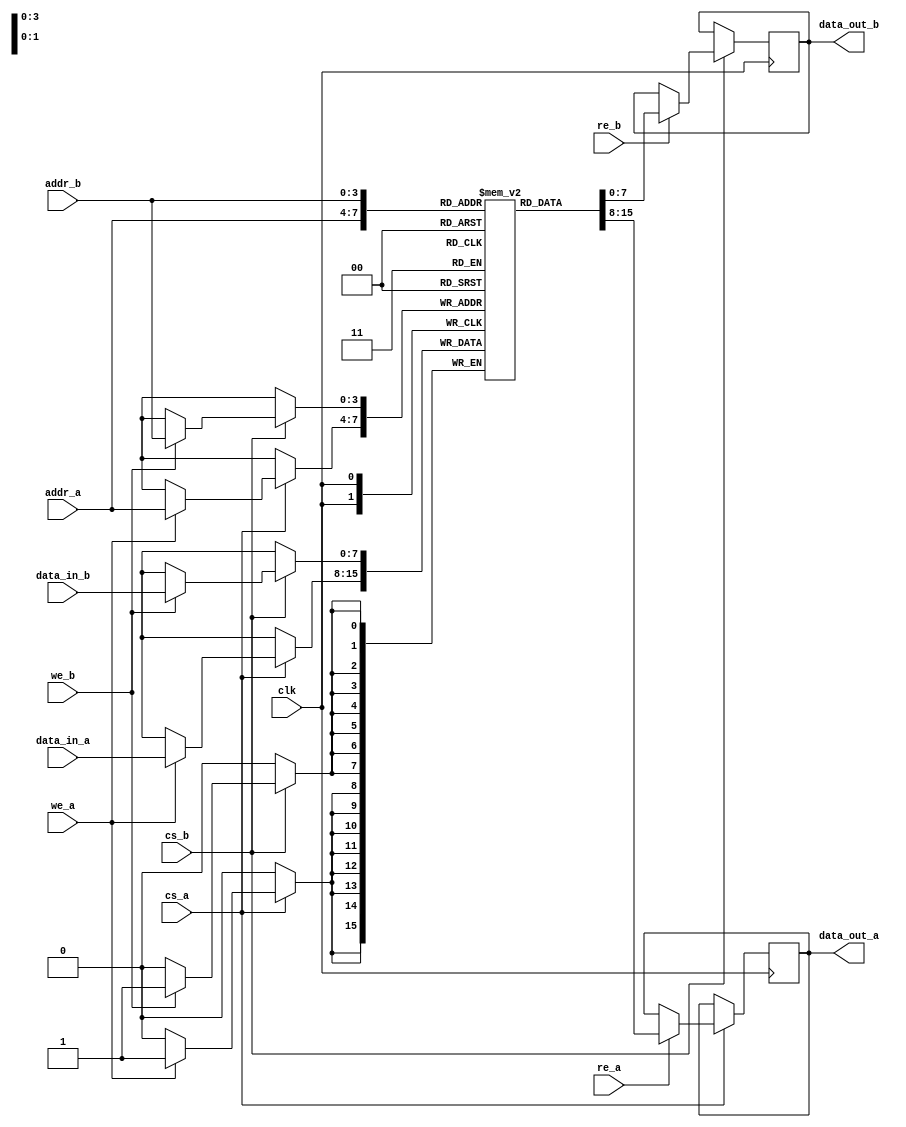
module dual_port_ram #(
    parameter DATA_WIDTH = 8,  // Width of the data (in bits)
    parameter ADDR_WIDTH = 4   // Width of the address (number of bits)
) (
    input wire clk,               // Clock signal
    input wire cs_a,             // Chip select for Port A
    input wire we_a,             // Write enable for Port A
    input wire re_a,             // Read enable for Port A
    input wire [ADDR_WIDTH-1:0] addr_a, // Address for Port A
    input wire [DATA_WIDTH-1:0] data_in_a, // Data input for Port A
    output reg [DATA_WIDTH-1:0] data_out_a, // Data output for Port A

    input wire cs_b,             // Chip select for Port B
    input wire we_b,             // Write enable for Port B
    input wire re_b,             // Read enable for Port B
    input wire [ADDR_WIDTH-1:0] addr_b, // Address for Port B
    input wire [DATA_WIDTH-1:0] data_in_b, // Data input for Port B
    output reg [DATA_WIDTH-1:0] data_out_b  // Data output for Port B
);

    // Memory array declaration
    reg [DATA_WIDTH-1:0] ram [(2**ADDR_WIDTH)-1:0];

    // Port A operations
    always @(posedge clk) begin
        if (cs_a) begin
            if (we_a) begin
                ram[addr_a] <= data_in_a; // Write data to RAM
            end
            if (re_a) begin
                data_out_a <= ram[addr_a]; // Read data from RAM
            end
        end
    end

    // Port B operations
    always @(posedge clk) begin
        if (cs_b) begin
            if (we_b) begin
                ram[addr_b] <= data_in_b; // Write data to RAM
            end
            if (re_b) begin
                data_out_b <= ram[addr_b]; // Read data from RAM
            end
        end
    end

endmodule